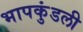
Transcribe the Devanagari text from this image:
भापकुंडली